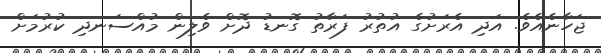
ޖަހާނެއެވެ. އަދި އެރަށުގެ އުތުރު ފަރާތު ގޮނޑު ދޮށް ވެލިން މުއްސަނދި ކުރުމަށް